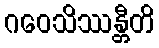
ဂဝေသိဿန္တီတိ